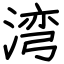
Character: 湾